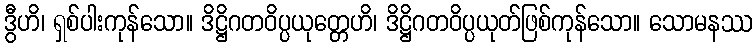
ဒွီဟိ၊ ရှစ်ပါးကုန်သော။ ဒိဋ္ဌိဂတဝိပ္ပယုတ္တေဟိ၊ ဒိဋ္ဌိဂတဝိပ္ပယုတ်ဖြစ်ကုန်သော။ သောမနဿ